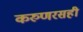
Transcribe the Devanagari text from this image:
करुणरसही